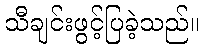
သီချင်းဖွင့်ပြခဲ့သည်။